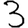
Digit: 3